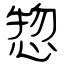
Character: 惣